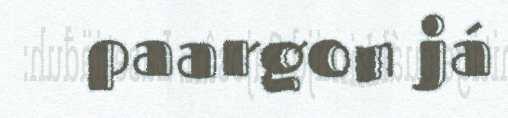
paargon já